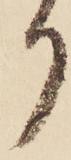
り